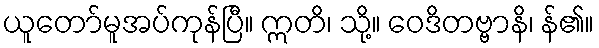
ယူတော်မူအပ်ကုန်ပြီ။ ဣတိ၊ သို့။ ဝေဒိတဗ္ဗာနိ၊ န်၏။